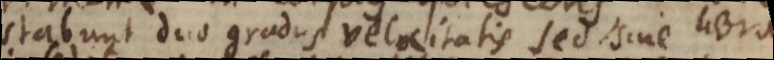
restabunt duo gradus velocitatis sed sine libra